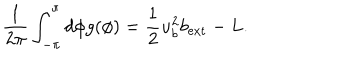
LaTeX: \frac { 1 } { 2 \pi } \int _ { - \pi } ^ { \pi } d \phi g ( \phi ) = \frac { 1 } { 2 } u _ { b } ^ { 2 } b _ { \mathrm { e x t } } - L .